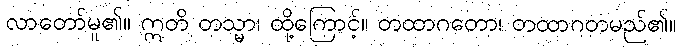
လာတော်မူ၏။ ဣတိ တသ္မာ၊ ထို့ကြောင့်။ တထာဂတော၊ တထာဂတမည်၏။